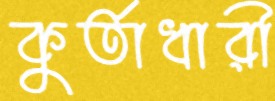
কুর্তাধারী